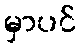
မှာပင်